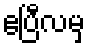
ဧပြီလမှ